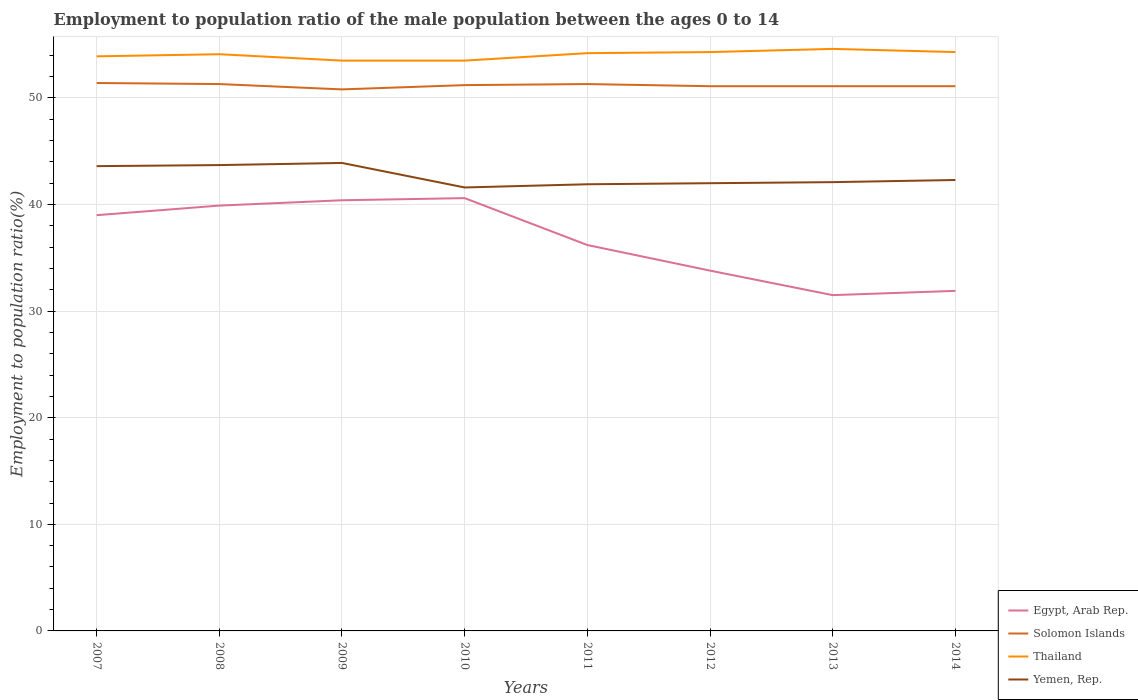
| Years | Egypt, Arab Rep. | Solomon Islands | Thailand | Yemen, Rep. |
 | --- | --- | --- | --- | --- |
 | 2007 | 39 | 51.4 | 53.9 | 43.6 |
 | 2008 | 39.9 | 51.3 | 54.1 | 43.7 |
 | 2009 | 40.4 | 50.8 | 53.5 | 43.9 |
 | 2010 | 40.6 | 51.2 | 53.5 | 41.6 |
 | 2011 | 36.2 | 51.3 | 54.2 | 41.9 |
 | 2012 | 33.8 | 51.1 | 54.3 | 42 |
 | 2013 | 31.5 | 51.1 | 54.6 | 42.1 |
 | 2014 | 31.9 | 51.1 | 54.3 | 42.3 |